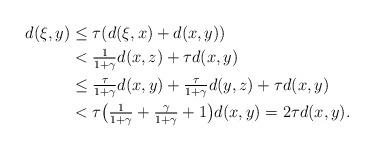
LaTeX: \begin{align*}d(\xi,y) &\leq \tau(d(\xi,x) + d(x,y))\\&<\tfrac{1}{1+\gamma}d(x,z)+\tau d(x,y)\\&\leq \tfrac{\tau}{1+\gamma}d(x,y)+\tfrac{\tau}{1+\gamma}d(y,z)+\tau d(x,y)\\&< \tau\bigl(\tfrac{1}{1+\gamma}+\tfrac{\gamma}{1+\gamma}+1\bigr)d(x,y)= 2\tau d(x,y).\end{align*}